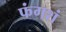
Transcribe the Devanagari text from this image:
फंगशं